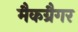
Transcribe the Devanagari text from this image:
मैकग्रैगर